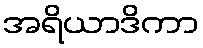
အရိယာဒိကာ